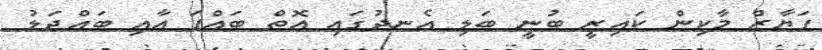
ފަޔާޒް މާކިން ކައިރީ ބުނީ ބަލި އެނދުގައި އޮތް ބައްޕަ އާއި ބައްދަލު